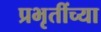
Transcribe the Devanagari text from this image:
प्रभृतींच्या